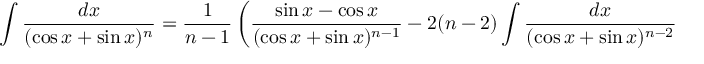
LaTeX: \int { \frac { d x } { ( \cos x + \sin x ) ^ { n } } } = { \frac { 1 } { n - 1 } } \left( { \frac { \sin x - \cos x } { ( \cos x + \sin x ) ^ { n - 1 } } } - 2 ( n - 2 ) \int { \frac { d x } { ( \cos x + \sin x ) ^ { n - 2 } } } \right)